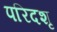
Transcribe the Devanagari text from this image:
परिदशृ